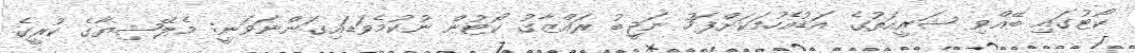
ކޯޓުގައި ބޭއްވި ޝަރީއަތުގެ އަޑުއެހުމަކަށްފަހު ނަޖީބު ރައްޒާގު ކޯޓުން ނުކުމެވަޑައިގަންނަވަނީ: މެލޭޝިޔާގެ ކުރީގެ